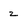
Character: 2